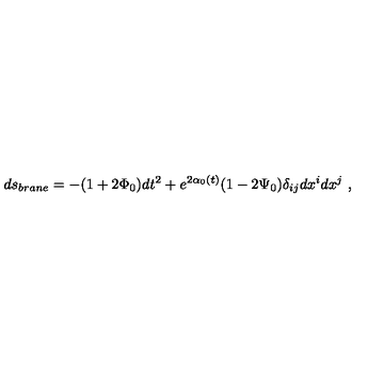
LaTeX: d s _ { b r a n e } = - ( 1 + 2 \Phi _ { 0 } ) d t ^ { 2 } + e ^ { 2 \alpha _ { 0 } ( t ) } ( 1 - 2 \Psi _ { 0 } ) \delta _ { i j } d x ^ { i } d x ^ { j } \ ,